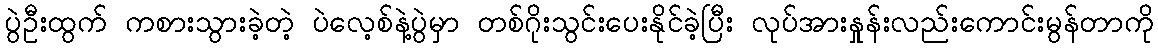
ပွဲဦးထွက် ကစားသွားခဲ့တဲ့ ပဲလေ့စ်နဲ့ပွဲမှာ တစ်ဂိုးသွင်းပေးနိုင်ခဲ့ပြီး လုပ်အားနှုန်းလည်းကောင်းမွန်တာကို